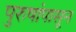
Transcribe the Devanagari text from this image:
पुरुषांपासून